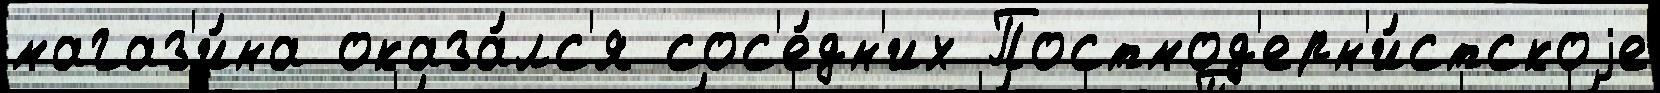
магаз'и́на оказа́лс'я сос'е́дн'их Постмод'ерн'и́стскоjе